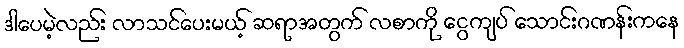
ဒါပေမဲ့လည်း လာသင်ပေးမယ့် ဆရာအတွက် လစာကို ငွေကျပ် သောင်းဂဏန်းကနေ